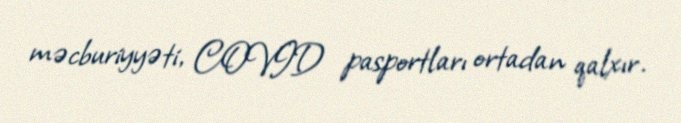
məcburiyyəti, COVID pasportları ortadan qalxır.